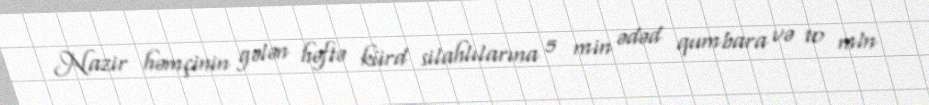
Nazir həmçinin gələn həftə kürd silahlılarına 5 min ədəd qumbara və 10 mln